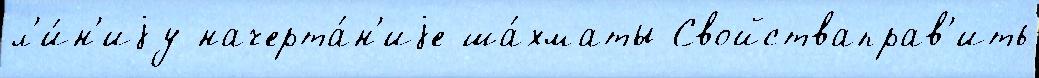
л'и́н'иjу начерта́н'иjе ша́хматы Свойстваправ'ить